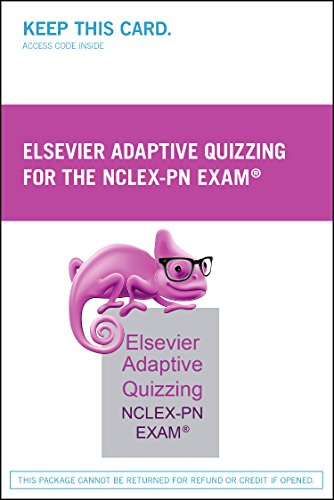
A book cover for Elsevier Adaptive Quizzing for the NCLEX-PN Exam (Retail Access Card), 1e; Elsevier; Medical Books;